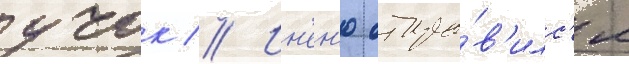
учок // Ин'ен'ю отпра́в'илс'я